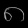
Digit: ၈